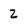
Character: 2